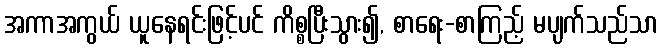
အကာအကွယ် ယူနေရင်းဖြင့်ပင် ကိစ္စပြီးသွား၍, စာရေး-စာကြည့် မပျက်သည်သာ